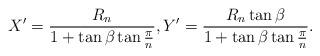
LaTeX: \begin{align*}X'=\frac {R_n}{1+\tan \beta \tan \frac \pi n},Y'=\frac {R_n \tan \beta}{1+\tan \beta \tan \frac \pi n}.\end{align*}